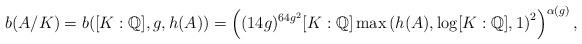
LaTeX: \begin{align*}b(A/K)=b([K:\mathbb{Q}],g,h(A))=\left( (14g)^{64g^2} [K:\mathbb{Q}] \max\left(h(A), \log [K:\mathbb{Q}],1 \right)^2 \right)^{\alpha(g)},\end{align*}